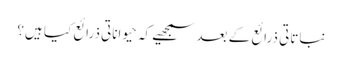
نباتاتی ذرائع کے بعد سمجھیے کہ حیواناتی ذرائع کیا ہیں؟